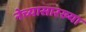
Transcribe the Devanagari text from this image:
नेच्यासारख्या